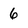
Character: 6